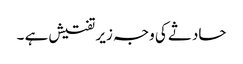
حادثے کی وجہ زیر تفتیش ہے ۔